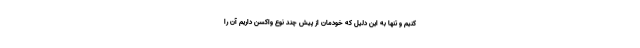
کنیم و تنها به این دلیل که خودمان از پیش چند نوع واکسن داریم آن را